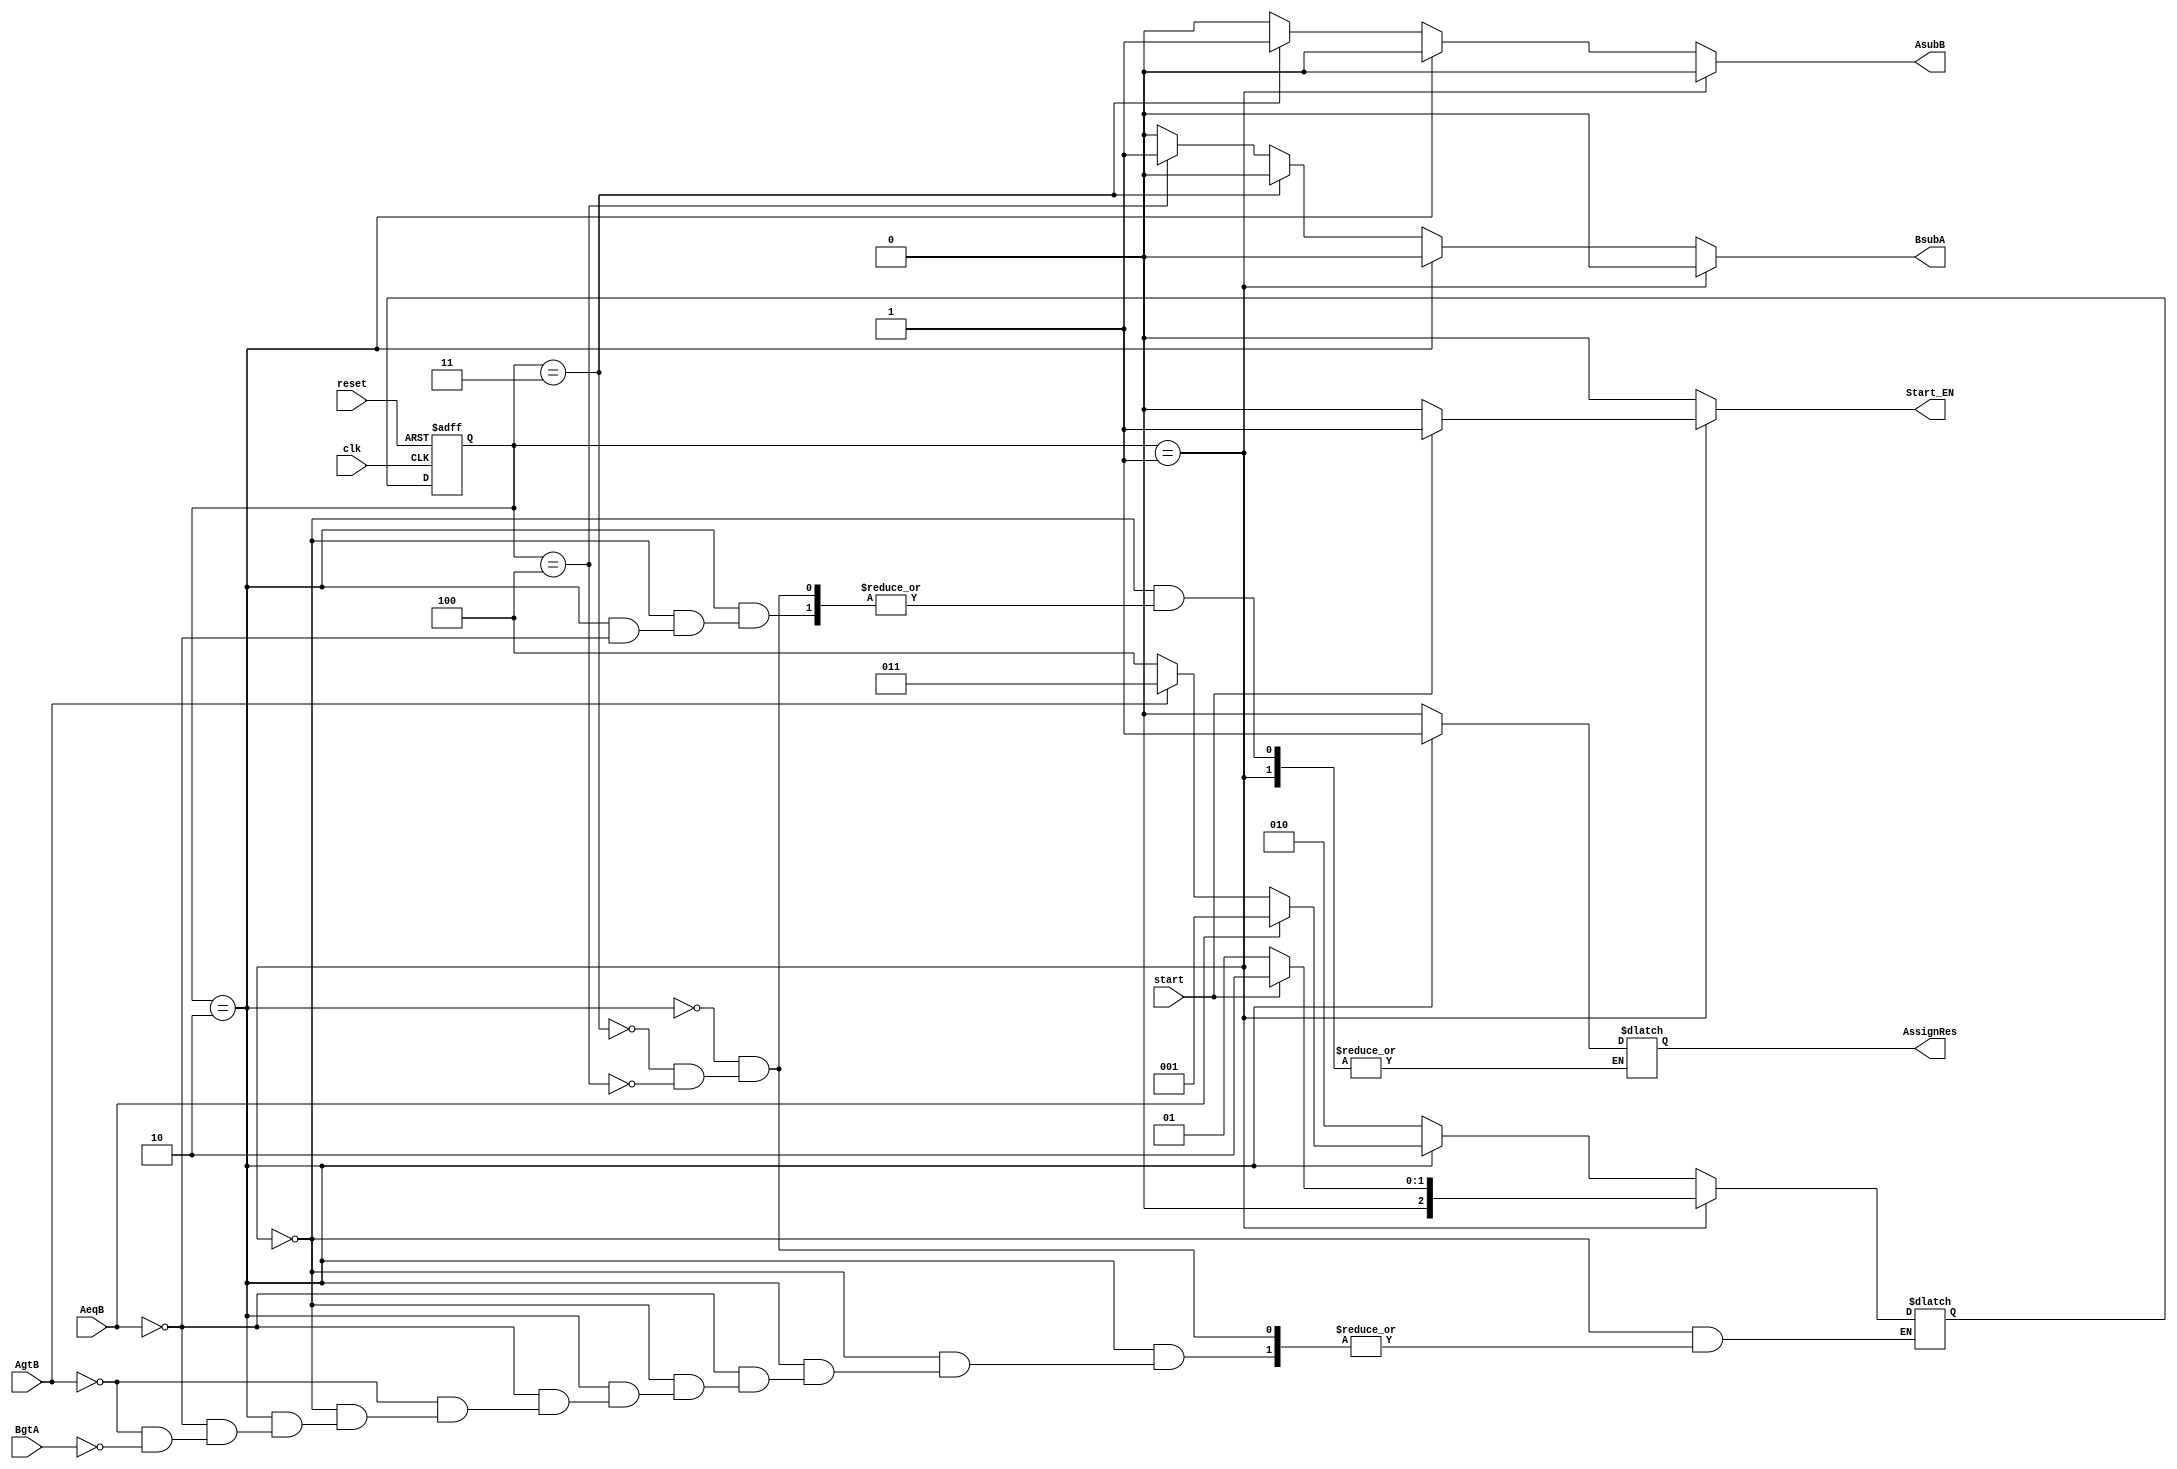
module gcd_controller(
    input clk,
    input reset,
    input start,
    input AgtB,
    input BgtA,
    input AeqB,
    output reg AsubB,
    output reg BsubA,
    output reg AssignRes,
    output reg Start_EN
);
parameter State_Width = 3;
//State Assignment
//Don't know the problem with ModelSim but only works by defining states as wires
wire [State_Width-1 : 0]  While1 = 3'b000;
wire [State_Width-1 : 0]  Wait_Start = 3'b001;
wire [State_Width-1 : 0]  IF_AEqB = 3'b010;
wire [State_Width-1 : 0]  IF_AgtB = 3'b011;
wire [State_Width-1 : 0]  IF_BgtA = 3'b100;
wire [State_Width-1 : 0]  Res_Assign = 3'b101;

reg [State_Width-1 : 0] curr_state , next_state;
//Sequential Logic of Controller 

integer i = 0;
always @(posedge clk , posedge reset) begin
    if(reset)begin
        curr_state <= Wait_Start;
    end
    else begin
        curr_state <= next_state;
	i = i+1;
    end
end

//Combinational Logic of Controller 
always @(*) begin
    AsubB = 0;
    BsubA = 0;
    Start_EN = 0;

    case (curr_state)
    
        Wait_Start:begin // First State where the program waits for Start Signal
            if(start)begin
                Start_EN = 1;
                next_state = IF_AEqB;
            end
            else begin
                next_state = Wait_Start;
            end
        end
        

        IF_AEqB:begin // Comparison between A & B to get GCD 
            if(AeqB)begin
                AssignRes = 1;
 		        BsubA = 0;
                AsubB = 0;
		        $display("\nFound After %d Clock Cycles",i);
                next_state = Wait_Start;
            end
            else begin
                if (AgtB) begin
                    next_state = IF_AgtB;
                end
                else if(BgtA) begin
                    next_state = IF_BgtA;
		end
            end
        end


        IF_AgtB:begin // If a > b will send a signal to perform A = A-B
                    BsubA = 0;
                    AsubB = 1;
		    AssignRes = 0;
                    next_state = IF_AEqB;
        end
        IF_BgtA:begin // If a < b will send a signal to perform B = B - A
                    BsubA = 1;
                    AsubB = 0;
	            AssignRes = 0;
                    next_state = IF_AEqB;
        end



    endcase
end
    
endmodule